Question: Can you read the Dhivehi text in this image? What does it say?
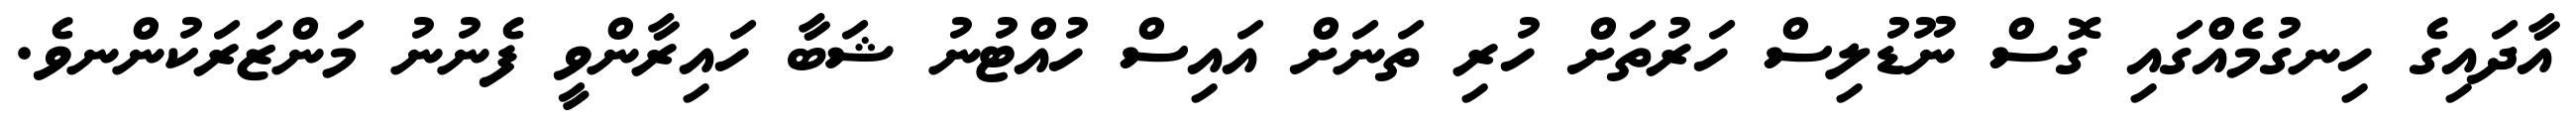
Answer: އާދައިގެ ހިނގުމެއްްގައި ގޮސް ނޫޑުލިސް ހަރުތަށް ހުރި ތަނަށް އައިސް ހުއްޓުނު ޝަބާ ހައިރާންވީ ފެނުނު މަންޒަރަކުންނވެ.